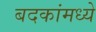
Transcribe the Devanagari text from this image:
बदकांमध्ये